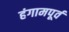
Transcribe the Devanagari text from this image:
हंगामपूर्व